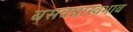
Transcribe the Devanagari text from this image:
बसवन्नास्वभाव